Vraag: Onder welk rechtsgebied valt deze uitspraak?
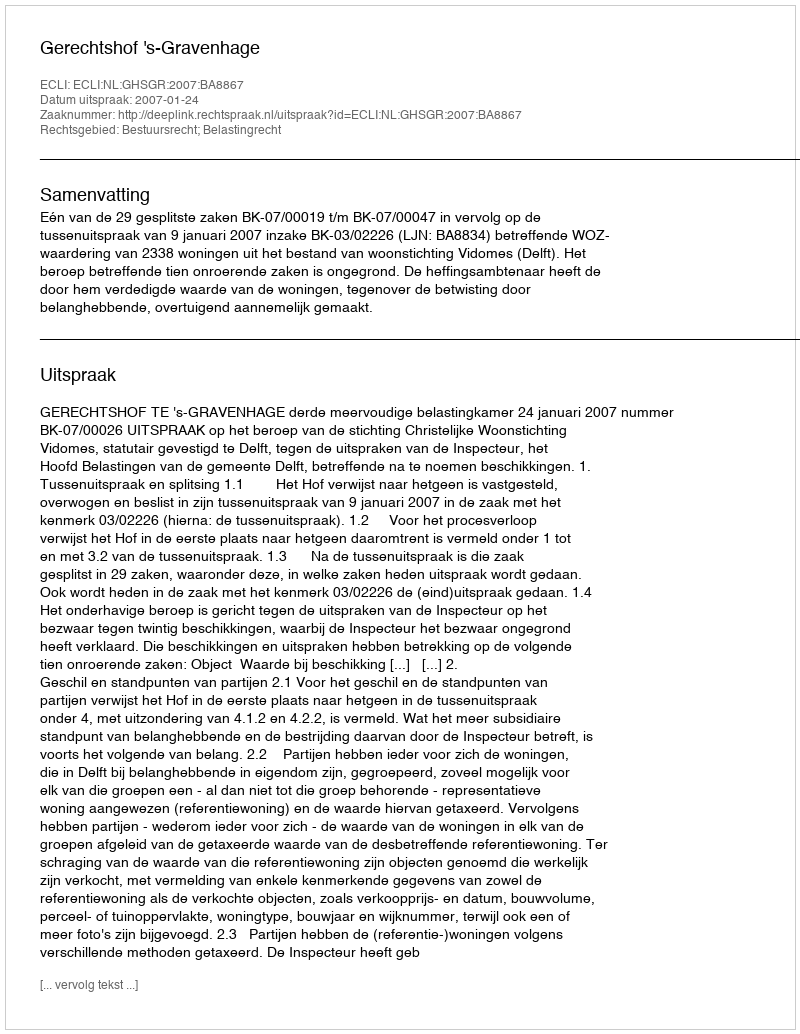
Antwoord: Bestuursrecht; Belastingrecht